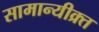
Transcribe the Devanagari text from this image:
सामान्यीक्र्त